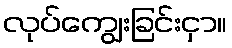
လုပ်ကျွေးခြင်းငှာ။